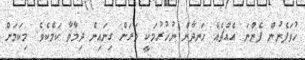
ހުވަފެނުން ފެންނަ އެއްޗެއް ހަނދާން ނުހުރުމަކީ ވަރަށް ގިނައިން ދިމާވާ ކަމެކެވެ. މިކަމަށް